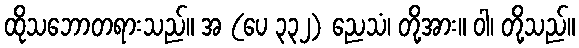
ထိုသဘောတရားသည်။ အ (ပေ ၃၃၂) ညေသံ၊ တို့အား။ ဝါ၊ တို့သည်။